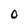
Character: D